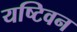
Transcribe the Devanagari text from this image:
यष्टिवन